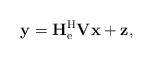
LaTeX: \begin{align*}\mathbf{y}=\mathbf{H}_{\mathrm{e}}^{\mathrm{H}}\mathbf{V}\mathbf{x}+\mathbf{z},\end{align*}